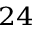
^ { 2 4 }